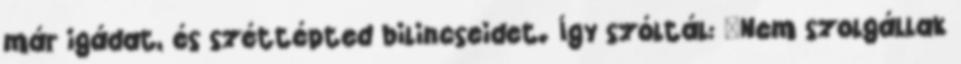
már igádat, és széttépted bilincseidet. Így szóltál: »Nem szolgállak